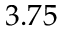
3 . 7 5